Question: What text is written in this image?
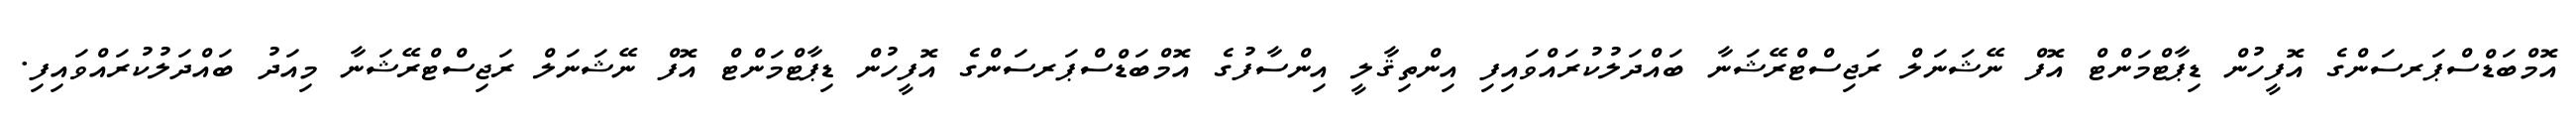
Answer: އޮމްބަޑްސްޕަރސަންގެ އޮފީހުން ޑިޕާޓްމަންޓް އޮފް ނޭޝަނަލް ރަޖިސްޓްރޭޝަނާ ބައްދަލުކުރައްވައިފި އިންތިޤާލީ އިންސާފުގެ އޮމްބަޑްސްޕަރސަންގެ އޮފީހުން ޑިޕާޓްމަންޓް އޮފް ނޭޝަނަލް ރަޖިސްޓްރޭޝަނާ މިއަދު ބައްދަލުކުރައްވައިފި.